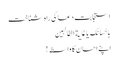
استجابت دعا کی راہ شناخت
بِاِحْسَانِکَ یَا غَایَةَ الطَّالِبِین
اپنے احسان کا واسطہ!